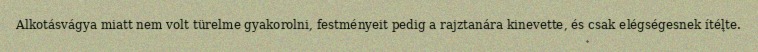
Alkotásvágya miatt nem volt türelme gyakorolni, festményeit pedig a rajztanára kinevette, és csak elégségesnek ítélte.